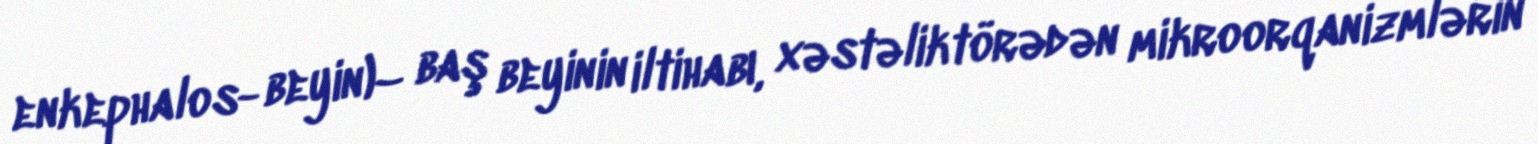
enkephalos- beyin)– baş beyinin iltihabı, xəstəliktörədən mikroorqanizmlərin